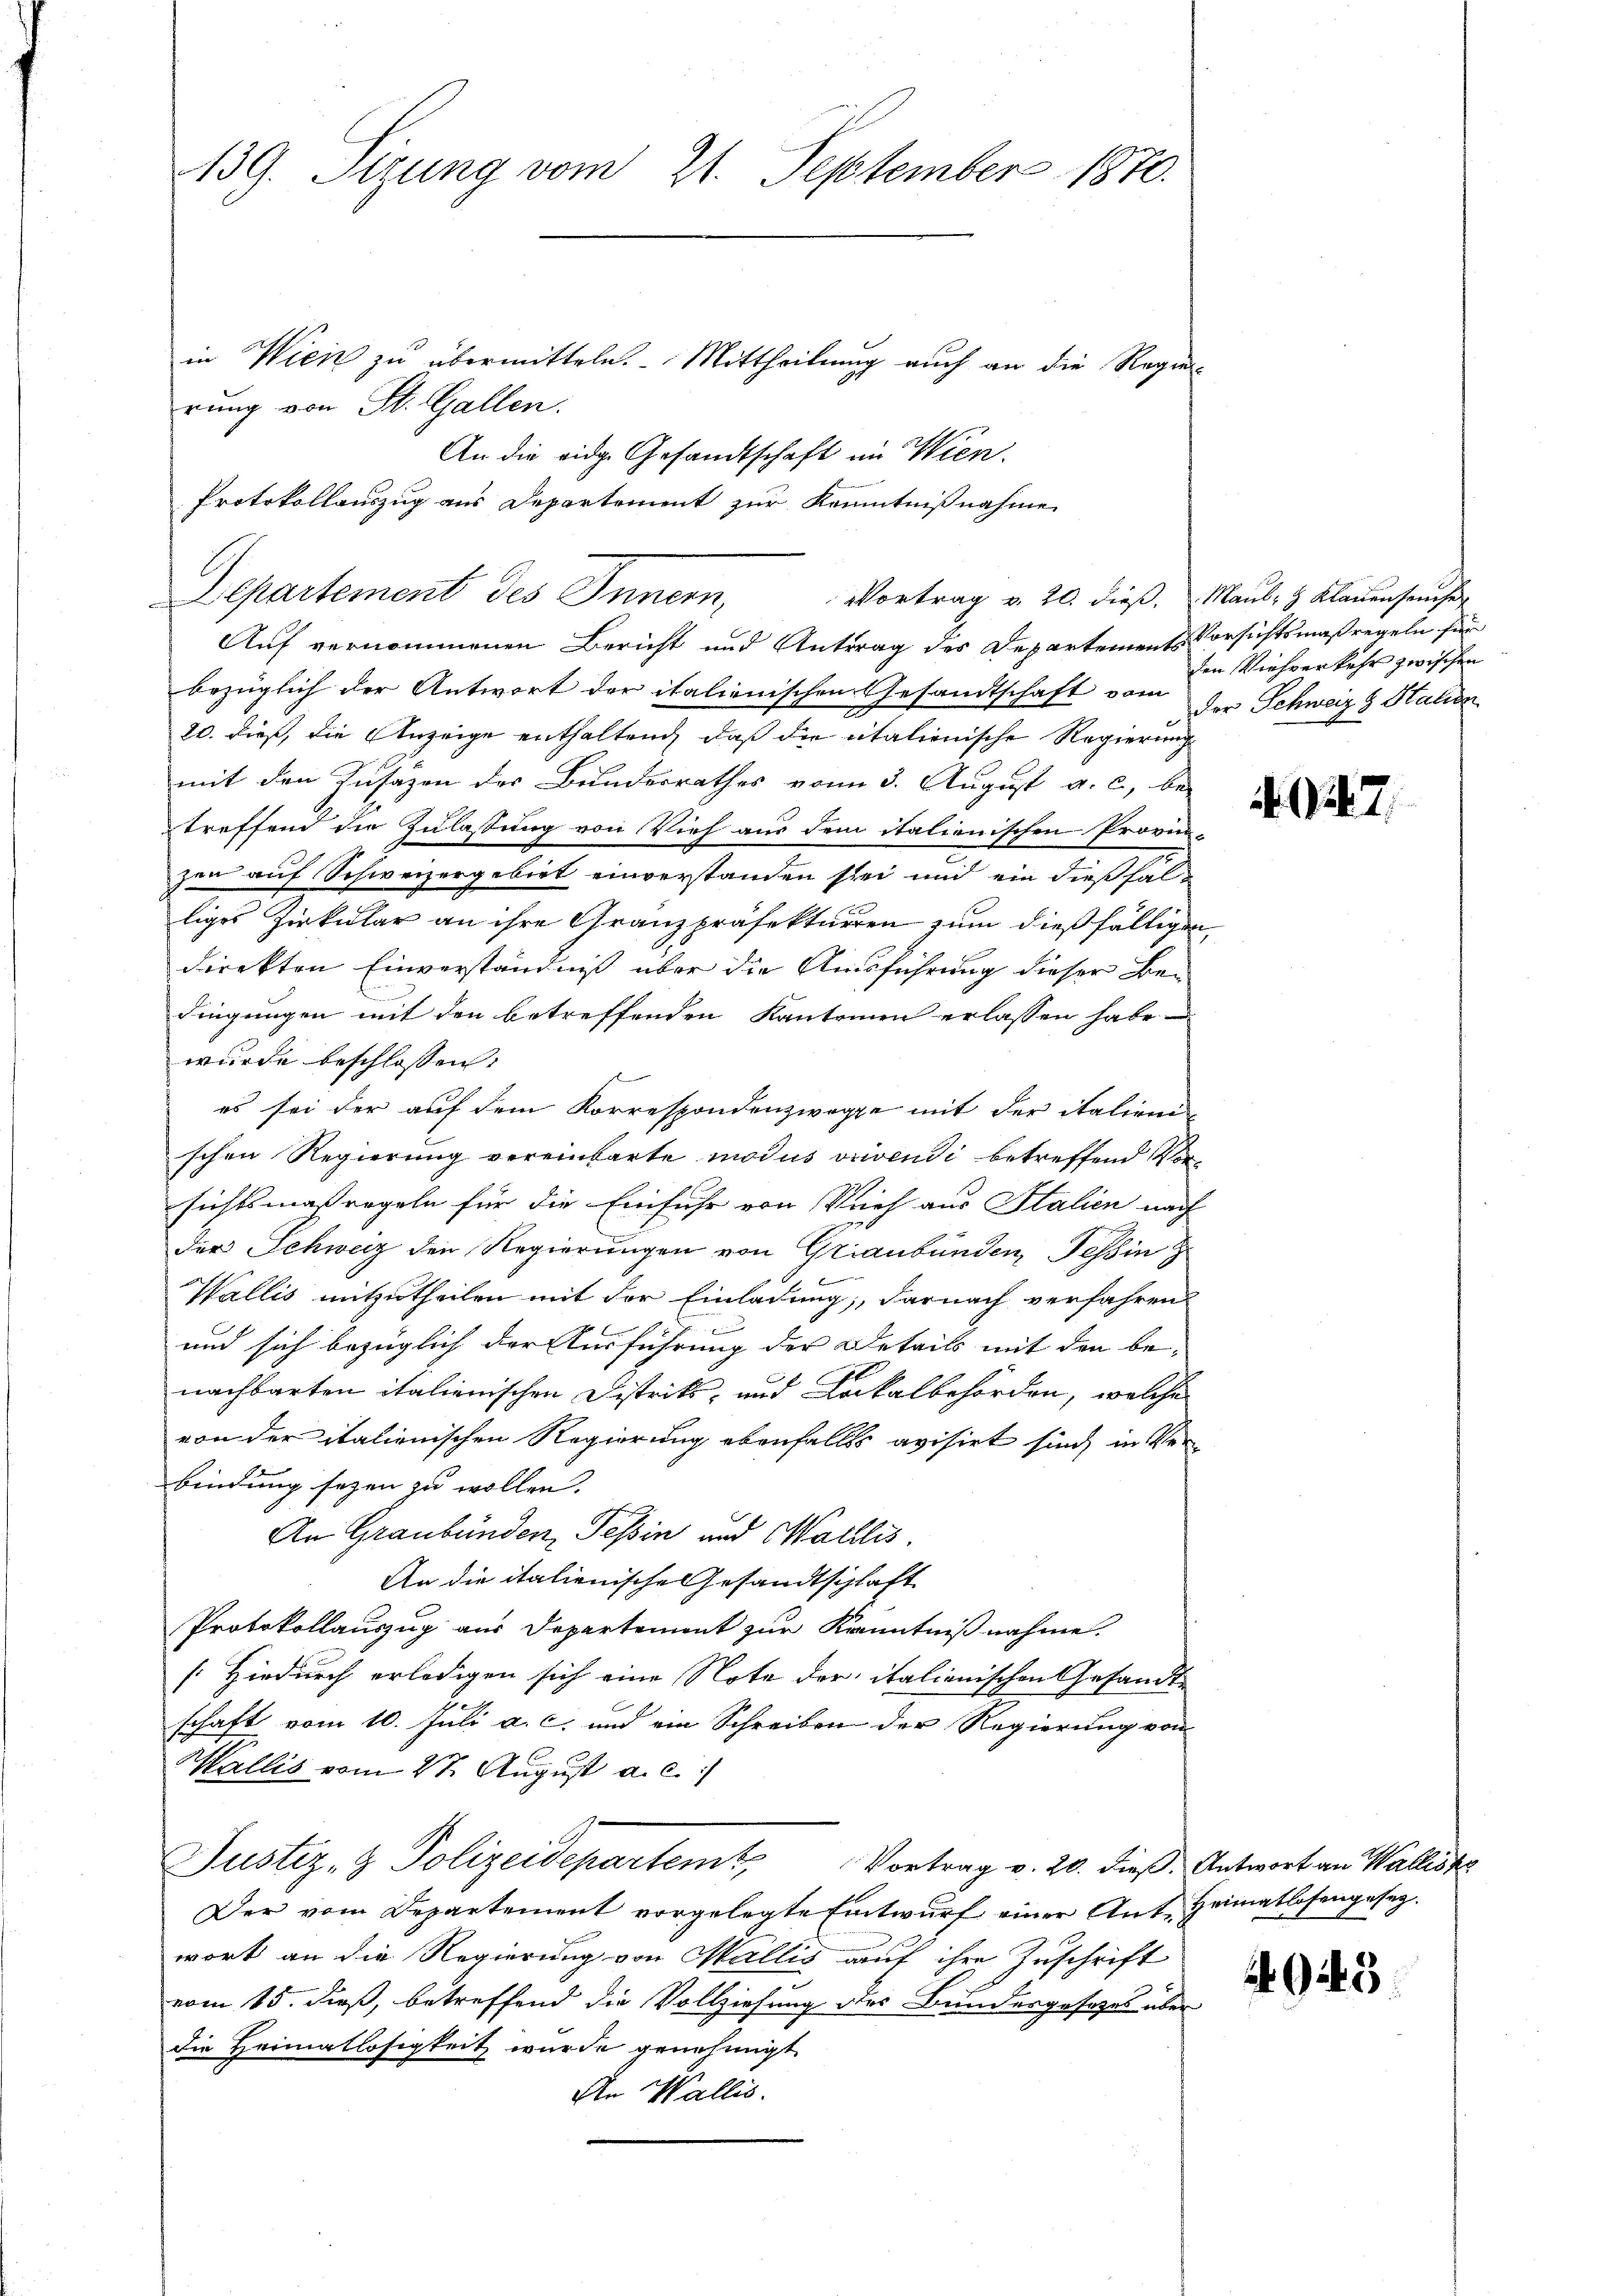
139. Sirung vom 21. September 1870.

in Wien zu übermitteln. Mittheilung auch an die Regier-
rung von St. Gallen.
An die eidg. Gesandtschaft im Wien.
Auf vernommenen Bericht und Antrag des Departements Vorsichtsmaßregeln für
bezüglich der Antwort der italienischen Gesandtschaft vom der Schweiz & Station
20. dieß, die Anzeige enthaltung, daß die italienische Regierung
mit den Kusazen des Bundesrathes vom 3. August a. c., be-
treffend die Zulassung von Vieh aus dem italienischen Provin-
zen auf Schweizergebiet einverstanden sei und ein dießfalliges Zirkular an ihre Granzpräfekturren zum dießfälligen
direkten Einverständniß über die Ausführung dieser Bedingungen mit den betreffenden Kantonien erlassen habe
wurde beschlossen:
es sei der auf dem Korrespondenzwegge mit der italien
schen Regierung vereinbarte modus vrivendi betreffend Vorsichtsmaßregeln für die Einfuhr von Vieh aus Stalien nach
der Schweiz den Regierungen von Graubünden, Tessin
Wallis mitzutheilen mit der Einladung, darnach verfahren
und sich bezüglich der Ausführung der Details mit den be-
nachbarten italienischen Distrits- und Lokalbehörden, welches
von der italienischen Regierung ebenfalls avisirt sind, in Verbindung seyen zu wollen.
An Graubünden, Tessin und Wallis.
An die italienische Gesandtschlaft
Protokollauszug aus Departement zur Kenntniß nahme.
[Hiedurch erledigen sich eine Note der italienischen Gesandt-
schaft vom 10. Juli a. c. und ein Schreiben der Regierung von
Wallis vom 2ten August a. c.
Justiz- & Polizeidepartem Vortrag v. 20. dieß. Antwort an Walliste
Der vom Departement vorgelegte Entwurf einer Ant. Heimatlosengesezwort an die Regierung von Wallis auf ihre Zuschrift
vom 15. dieß, betreffend die Vollziehung des Bundesgesetzes über
die Heimatlosigkeit wurde genehmigt
An Wallis.

Protokollauszug aus Departement zur Kenntnißnahme
Departement des Innern,
Vortrag v. 20. dieß, Maul- & Klauenseuche

den Viehverkehr zwischen

4947.

43